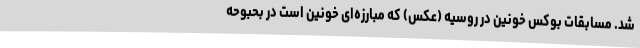
شد. مسابقات بوکس خونین در روسیه (عکس) که مبارزه‌ای خونین است در بحبوحه